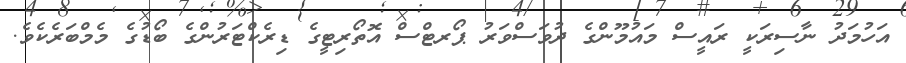
އަހުމަދު ނާސިރަކީ ރައީސް މައުމޫންގެ ދުވަސްވަރު ޕޯރޓްސް އޮތޯރިޓީގެ ޑިރެކްޓަރުންގެ ބޯޑުގެ މެމްބަރެކެވެ.